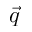
\vec { q }